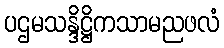
ပဌမသန္ဒိဋ္ဌိကသာမညဖလံ